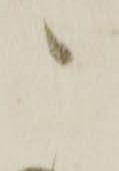
こ